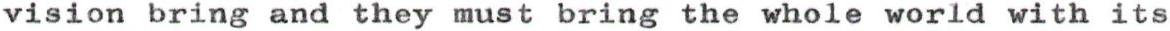
vision bring and they must bring the whole world with its